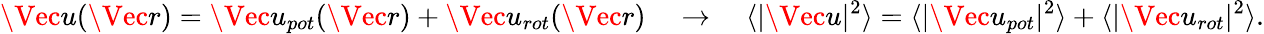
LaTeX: \Vec{u}(\Vec{r})=\Vec{u}_{pot}(\Vec{r})+\Vec{u}_{rot}(\Vec{r})\quad\rightarrow{}\quad\langle|\Vec{u}|^{2}\rangle=\langle|\Vec{u}_{pot}|^{2}\rangle+\langle|\Vec{u}_{rot}|^{2}\rangle.